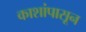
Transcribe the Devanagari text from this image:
काशांपासून